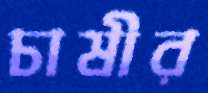
চাষীর